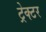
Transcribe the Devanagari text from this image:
ट्रेक्‍टर